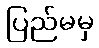
ပြည်မမှ